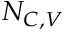
N _ { C , V }